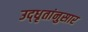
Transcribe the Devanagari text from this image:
उद्‌धृतांनुसार